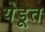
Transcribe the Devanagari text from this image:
येडूत